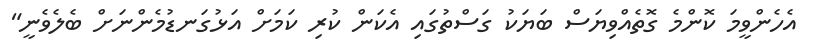
އެހެންވީމަ ކޮންމެ ގޮތެއްވިޔަސް ބަޔަކު ގަސްތުގައި އެކަން ކުރި ކަމަށް އަޅުގަނޑުމެންނަށް ބެލެވެނީ"